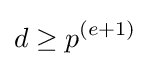
d\geq p^{(e+1)}